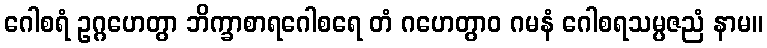
ဂေါစရံ ဥဂ္ဂဟေတွာ ဘိက္ခာစာရဂေါစရေ တံ ဂဟေတွာဝ ဂမနံ ဂေါစရသမ္ပဇညံ နာမ။